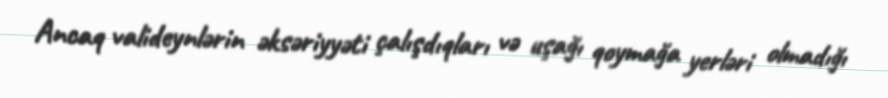
Ancaq valideynlərin əksəriyyəti çalışdıqları və uşağı qoymağa yerləri olmadığı